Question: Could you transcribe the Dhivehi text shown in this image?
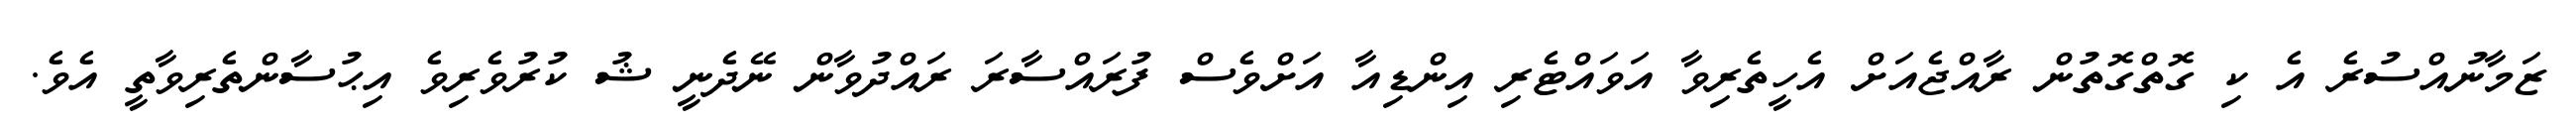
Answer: ޒަމާނުއްސުރެ އެ ކި ގޮތްގޮތުން ރާއްޖެއަށް އެހީތެރިވާ އަވައްޓެރި އިންޑިއާ އަށްވެސް ފުރައްސާރަ ރައްދުވާން ނޭދެނީ ޝު ކުރުވެރިވެ އިޙުސާންތެރިވާތީ އެވެ.